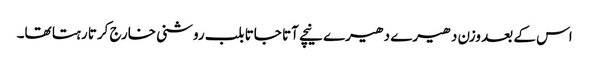
اس کے بعد وزن دھیرے دھیرے نیچے آتا جاتا بلب روشنی خارج کرتا رہتا تھا۔